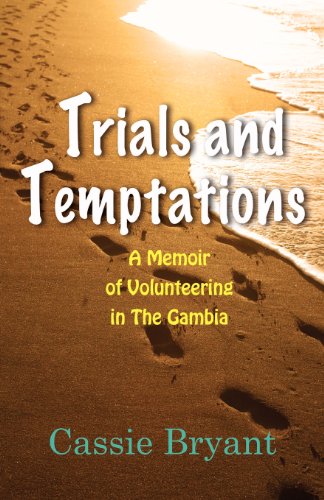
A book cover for Trials and Temptations: A Memoir of Volunteering in the Gambia; Cassie Bryant; Travel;